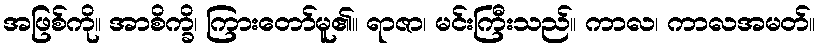
အဖြစ်ကို။ အာစိက္ခိ၊ ကြားတော်မူ၏။ ရာဇာ၊ မင်းကြီးသည်။ ကာလ၊ ကာလအမတ်။